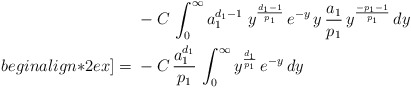
\begin{align*} & -C \, \int_{0}^{\infty} a_1^{d_1 -1} \; y^{\frac{d_1-1}{p_1}} \, e^{-y} \, y \, \frac{a_1}{p_1} \, y^{\frac{-p_1-1}{p_1}} \, dy \\begin{align*}2ex]= \; & -C \, \frac{a_1^{d_1}}{p_1} \, \int_{0}^{\infty} y^{\frac{d_1}{p_1}} \, e^{-y} \, dy\end{align*}